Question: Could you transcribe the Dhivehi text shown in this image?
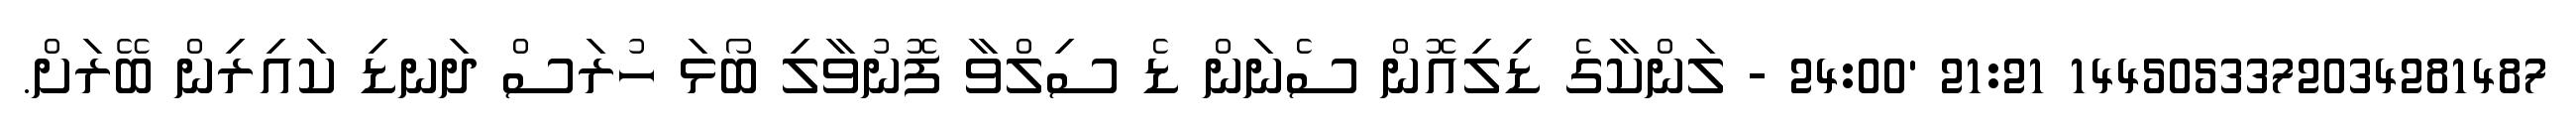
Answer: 1445053372034281487 21:21 '24:00 - ލަންކާގެ ޑިލިއޮން ސެނަން ޑެ ސިލްވާ ފޮނުވާލި ބޯޅަ ހުރަސް ދަނޑި ކައިރިން ބޭރަށް.